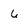
Character: 6